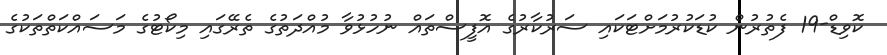
ކޮވިޑް-19 ފެތުރުން ކުޑަކުރުމަށްޓަކައި ސަރުކާރުގެ އޮފީސްތައް ނުހުޅުވާ މުއްދަތުގެ ތެރޭގައި މިކޯޓުގެ މަސައްކަތްތަކުގެ